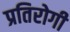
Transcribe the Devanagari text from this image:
प्रतिरोगी